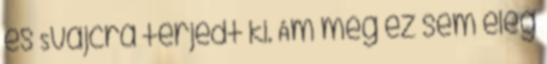
és Svájcra terjedt ki. Ám még ez sem elég